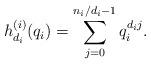
LaTeX: \begin{align*}h_{d_i}^{(i)}(q_i) = \sum_{j=0}^{n_i/d_i -1} q_i^{d_ij}.\end{align*}